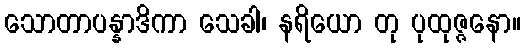
သောတာပန္နာဒိကာ သေခါ၊ နရိယော တု ပုထုဇ္ဇနော။